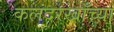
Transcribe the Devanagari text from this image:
कलंदरखाँच्या